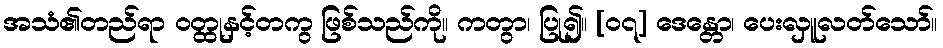
အသံ၏တည်ရာ ဝတ္ထုနှင့်တကွ ဖြစ်သည်ကို။ ကတွာ၊ ပြု၍။ [၀၇] ဒေန္တော၊ ပေးလှူလတ်သော်။